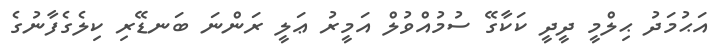
އަޙުމަދު ޙިލްމީ ދީދީ ކަކާގޭ ސުމުއްވުލް އަމީރު ޢަލީ ރަންނަ ބަނޑޭރި ކިލެގެފާނުގެ